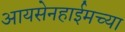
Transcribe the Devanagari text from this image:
आयसेनहाईमच्या